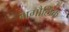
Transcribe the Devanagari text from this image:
भगौलिक